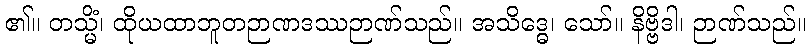
၏။ တသ္မိံ၊ ထိုယထာဘူတဉာဏဒဿဉာဏ်သည်။ အသိဒ္ဓေ၊ သော်။ နိဗ္ဗိဒါ၊ ဉာဏ်သည်။